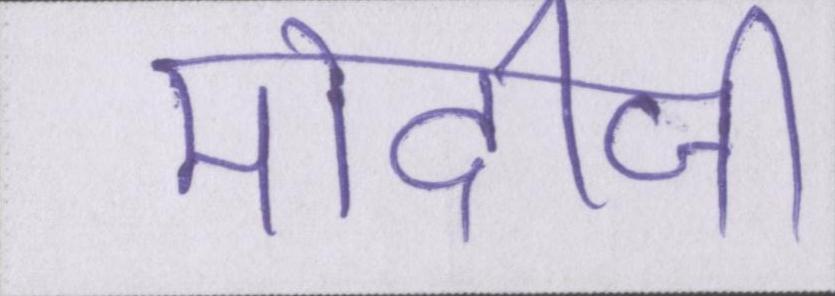
मोदीजी